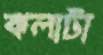
কলাটা